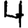
Digit: 4